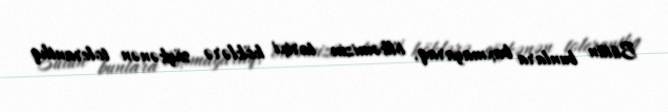
Bütün bunlara baxmayaraq, ölkəmizin tarixi köklərə söykənən tolerantlıq